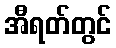
အီရတ်တွင်